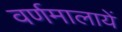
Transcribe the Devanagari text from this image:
वर्णमालायें